Vaccine operations Central Provinces & Berar 1912-1920 - 1912-1920
Year: 1912
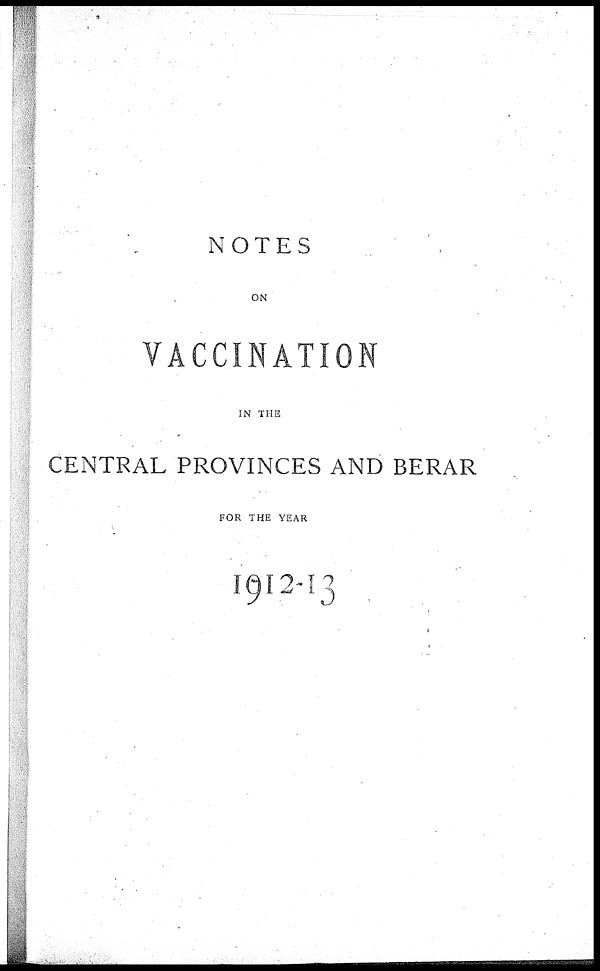
NOTES
ON
VACCINATION
IN THE
CENTRAL PROVINCES AND BERAR
FOR THE YEAR
1912-13